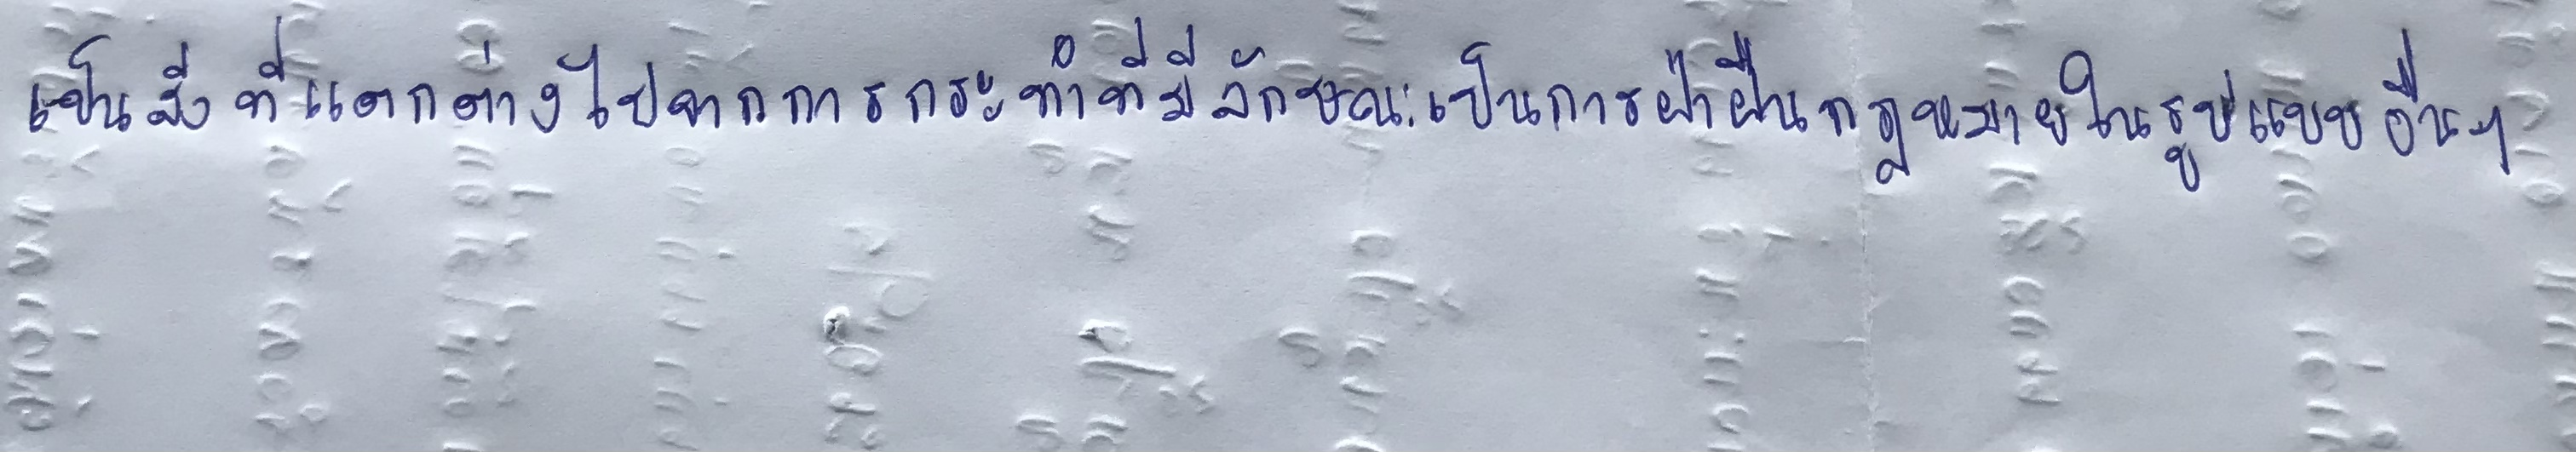
เป็นสิ่งที่แตกต่างไปจากการกระทำที่มีลักษณะเป็นการฝ่าฝืนกฎหมายในรูปแบบอื่นๆ